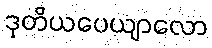
ဒုတိယပေယျာလော